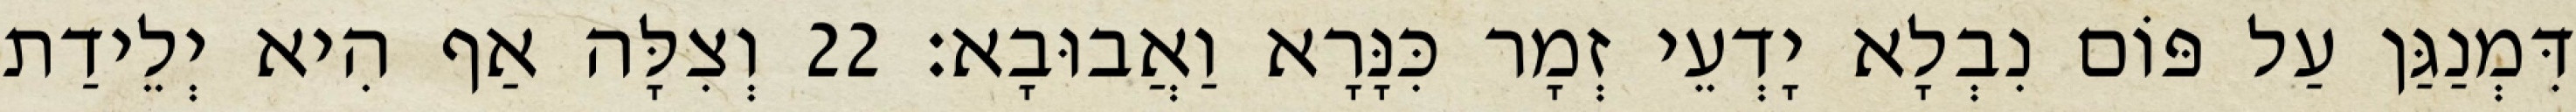
דִּמְנַגַּן עַל פּוֹם נִבְלָא יָדְעֵי זְמָר כִּנָּרָא וַאֲבוּבָא׃ 22 וְצִלָּה אַף הִיא יְלֵידַת